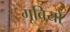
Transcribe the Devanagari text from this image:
गूबियो